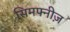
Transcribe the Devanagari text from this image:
सिमफ्नीज़